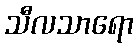
သီလသာရော